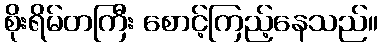
စိုးရိမ်တကြီး စောင့်ကြည့်နေသည်။